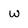
Character: w